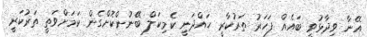
އޭނާ ވިދާޅުވީ ބައެެއް ފަހަރު ތަރުކާރީ ހައްދަނީ ކެމިކަލް ބޭނުންކޮށްގެން ކަމަށްވަތީ ތަރުކަރީ